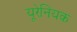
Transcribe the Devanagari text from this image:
यूरेनियक